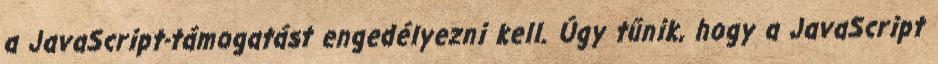
a JavaScript-támogatást engedélyezni kell. Úgy tűnik, hogy a JavaScript